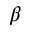
\beta